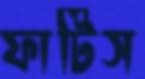
ফাটিস